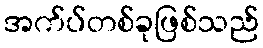
အက်ပ်တစ်ခုဖြစ်သည်